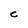
Character: C